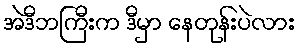
အဲဒီဘကြီးက ဒီမှာ နေတုန်းပဲလား